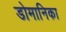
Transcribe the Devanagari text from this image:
डोमानिका